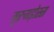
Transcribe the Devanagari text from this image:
मुरुगड़ोस्स